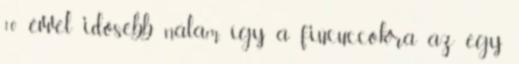
10 évvel idősebb nálam, így a fiúcuccokra az egy